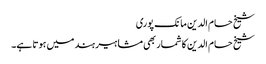
شیخ حسام الدین مانک پوری
شیخ حسام الدین کا شمار بھی مشاہیر ہند میں ہوتا ہے۔